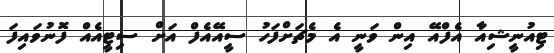
ޓިއުނީޝިއާ އެފްއޭ އިން ވަނީ އެ މެޗަށްފަހު ސީއޭއެފް އަށް ސިޓީއެއް ފޮނުވައިފަ